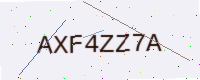
Text: AXF4ZZ7A